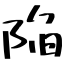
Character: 陥